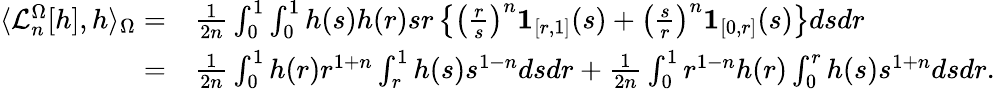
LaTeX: \begin{array}{rl}{\langle\mathcal{L}_{n}^{\Omega}[h],h\rangle_{\Omega}=}&{\frac{1}{2n}\int_{0}^{1}\int_{0}^{1}h(s)h(r)sr\left\{ \left(\frac{r}{s}\right)^{n}{\mathbf 1}_{[r,1]}(s)+\left(\frac{s}{r}\right)^{n}{\mathbf 1}_{[0,r]}(s)\right\} dsdr}\\ {=}&{\frac{1}{2n}\int_{0}^{1}h(r)r^{1+n}\int_{r}^{1}h(s)s^{1-n}dsdr+\frac{1}{2n}\int_{0}^{1}r^{1-n}h(r)\int_{0}^{r}h(s)s^{1+n}dsdr.}\end{array}